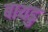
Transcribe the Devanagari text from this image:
बायडु